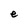
Character: e